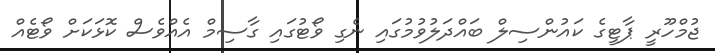
ޖުމްހޫރީ ޕާޓީގެ ކައުންސިލް ބައްދަލުވުމުގައި ނެގި ވޯޓުގައި ގާސިމް އެއްވެސް ކޮޅަކަށް ވޯޓެއް